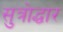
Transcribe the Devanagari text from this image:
सुत्रोद्धार